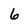
Character: 6